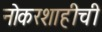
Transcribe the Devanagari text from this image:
नोकरशाहीची